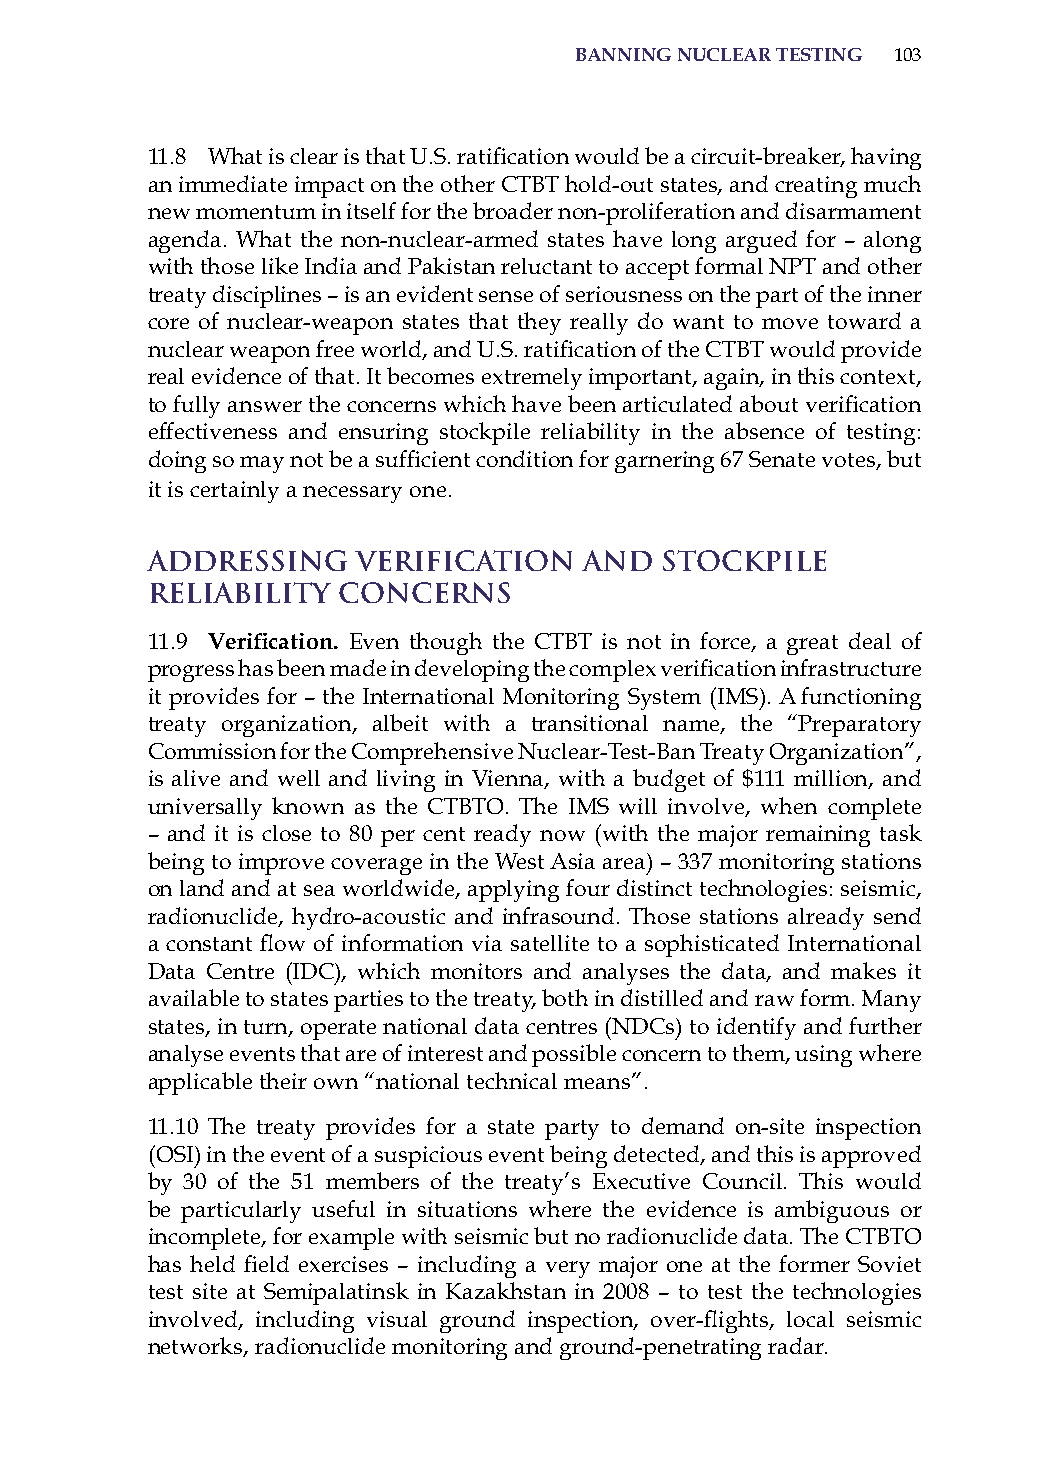
BanninG nuclear testinG 103
 11.8 What is clear is that U.S. ratification would be a circuit-breaker, having
 an immediate impact on the other CTBT hold-out states, and creating much
 new momentum in itself for the broader non-proliferation and disarmament
 agenda. What the non-nuclear-armed states have long argued for – along
 with those like india and Pakistan reluctant to accept formal NPT and other
 treaty disciplines – is an evident sense of seriousness on the part of the inner
 core of nuclear-weapon states that they really do want to move toward a
 nuclear weapon free world, and U.S. ratification of the CTBT would provide
 real evidence of that. it becomes extremely important, again, in this context,
 to fully answer the concerns which have been articulated about verification
 effectiveness and ensuring stockpile reliability in the absence of testing:
 doing so may not be a sufficient condition for garnering 67 Senate votes, but
 it is certainly a necessary one.
 Addressing    Verification   and  Stockpile
 Reliability Concerns
 11.9 Verification. Even though the CTBT is not in force, a great deal of
 progress has been made in developing the complex verification infrastructure
 it provides for – the international Monitoring system (iMs). a functioning
 treaty organization, albeit with a transitional name, the “Preparatory
 Commission for the Comprehensive Nuclear-Test-Ban Treaty organization”,
 is alive and well and living in Vienna, with a budget of $111 million, and
 universally known as the CTBTo. The iMs will involve, when complete
 – and it is close to 80 per cent ready now (with the major remaining task
 being to improve coverage in the West asia area) – 337 monitoring stations
 on land and at sea worldwide, applying four distinct technologies: seismic,
 radionuclide, hydro-acoustic and infrasound. Those stations already send
 a constant flow of information via satellite to a sophisticated International
 Data Centre (iDC), which monitors and analyses the data, and makes it
 available to states parties to the treaty, both in distilled and raw form. Many
 states, in turn, operate national data centres (NDCs) to identify and further
 analyse events that are of interest and possible concern to them, using where
 applicable their own “national technical means”.
 11.10 The treaty provides for a state party to demand on-site inspection
 (osi) in the event of a suspicious event being detected, and this is approved
 by 30 of the 51 members of the treaty’s Executive Council. This would
 be particularly useful in situations where the evidence is ambiguous or
 incomplete, for example with seismic but no radionuclide data. The CTBTo
 has held field exercises – including a very major one at the former Soviet
 test site at semipalatinsk in Kazakhstan in 2008 – to test the technologies
 involved, including visual ground inspection, over-flights, local seismic
 networks, radionuclide monitoring and ground-penetrating radar.